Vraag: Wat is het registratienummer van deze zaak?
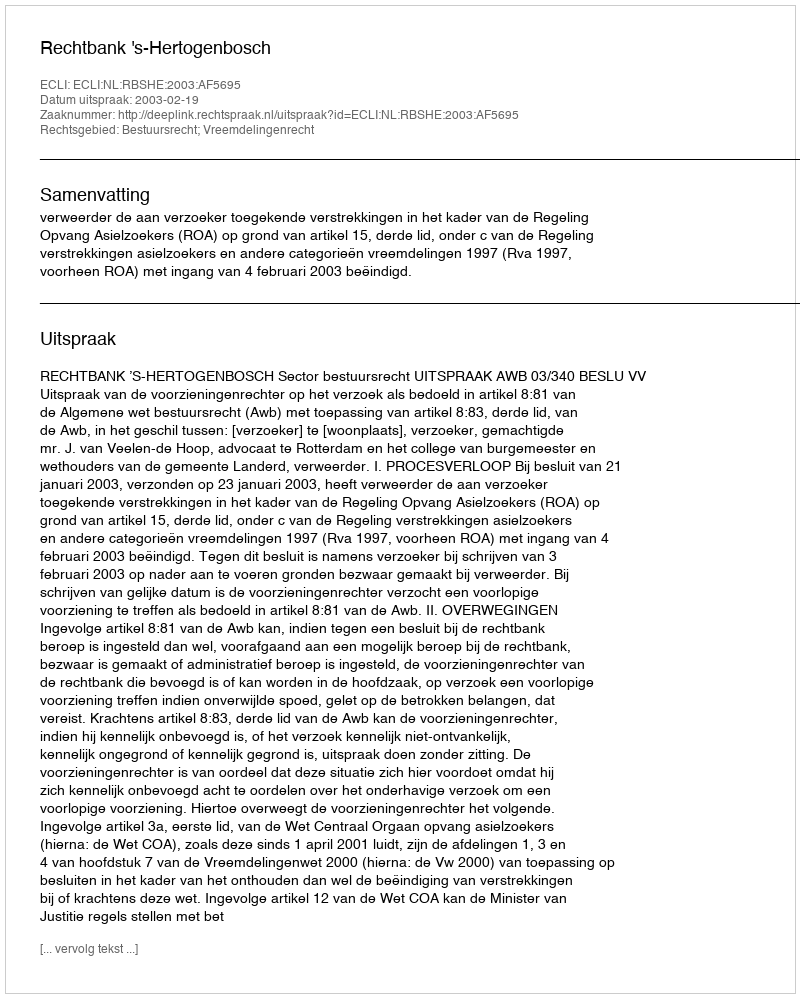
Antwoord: http://deeplink.rechtspraak.nl/uitspraak?id=ECLI:NL:RBSHE:2003:AF5695